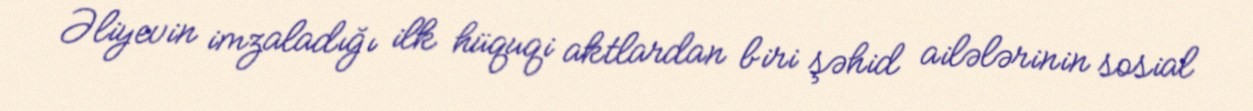
Əliyevin imzaladığı ilk hüquqi aktlardan biri şəhid ailələrinin sosial